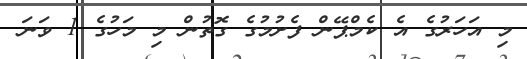
މި އަހަރުގެ އެ ކެމްޕޭން ފެށުމުގެ ގޮތުން މި މަހުގެ 1 ވަނަ